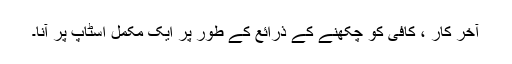
آخر کار ، کافی کو چکھنے کے ذرائع کے طور پر ایک مکمل اسٹاپ پر آنا۔